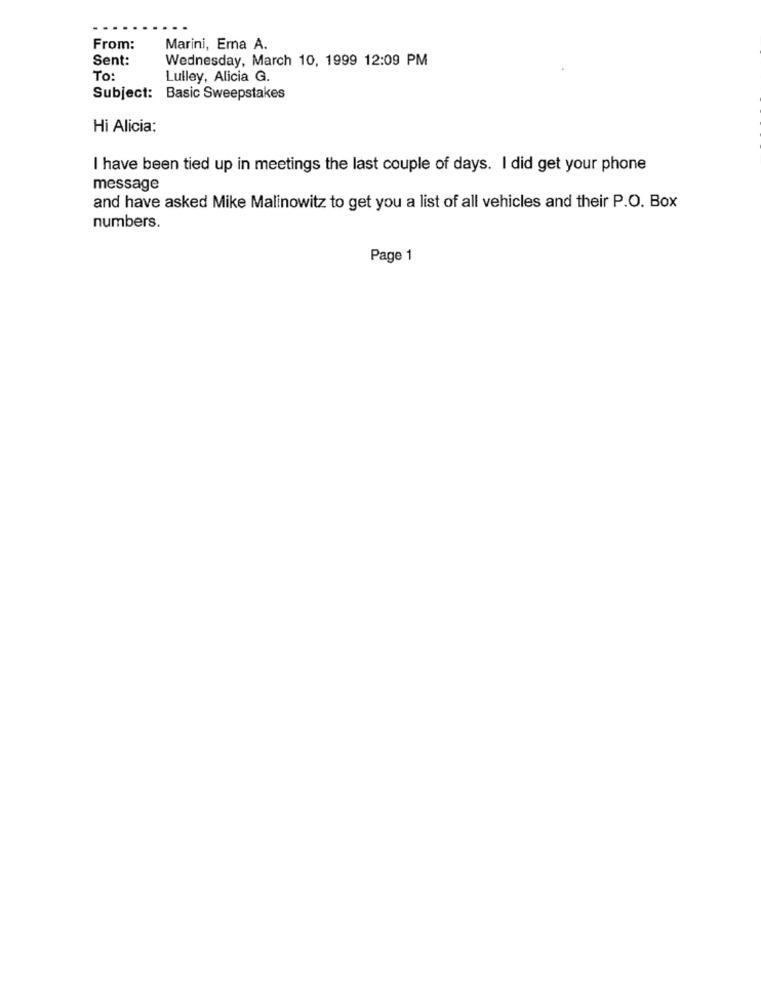
From:
Marini, Era A.
Sent:
Wednesday, March 10, 1999 12:09 PM
To:
Lulley, Alicia G.
Subject: Basic Sweepstakes
Hi Alicia:
I have been tied up in meetings the last couple of days. I did get your phone
message
and have asked Mike Malinowitz to get you a list of all vehicles and their P.O. Box
numbers.
Page 1